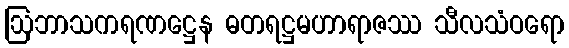
ဩဘာသကရဏဋ္ဌေန ဓတရဋ္ဌမဟာရာဇဿ သီလသံဝရော